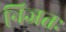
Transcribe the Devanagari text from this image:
निजतः